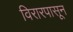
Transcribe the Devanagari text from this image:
विरारपासून